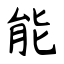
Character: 能